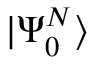
| \Psi _ { 0 } ^ { N } \rangle